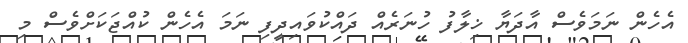
އެހެން ނަމަވެސް އާދަޔާ ޚިލާފު ހުނަރެއް ދައްކުވައިދީފި ނަމަ އެހެން ކުއްޖަކަށްވެސް މި